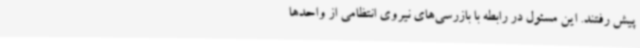
پیش رفتند. این مسئول در رابطه با بازرسی‌های نیروی انتظامی از واحدها